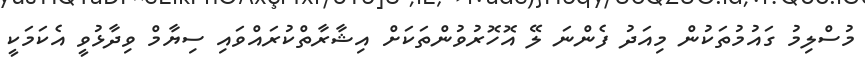
މުސްލިމު ގައުމުތަކުން މިއަދު ފެންނަ ލޭ އޮހޮރުވުންތަކަށް އިޝާރާތްކުރައްވައި ސިޔާމް ވިދާޅުވީ އެކަމަކީ